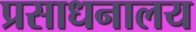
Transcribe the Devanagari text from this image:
प्रसाधनालय